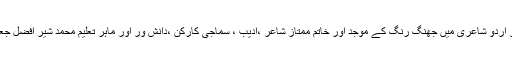
بائیس جنوری 1989کو جھنگ کے ملنگ شاعر اور اردو شاعری میں جھنگ رنگ کے موجد اور خاتم ممتاز شاعر ،ادیب ، سماجی کارکن ،دانش ور اور ماہر تعلیم محمد شیر افضل جعفری نے عدم کے کوچ کے لیے رخت سفر باندھ لیا۔